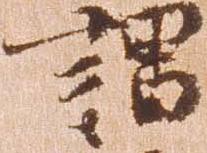
謂